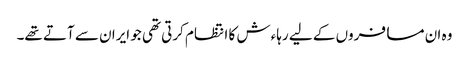
وہ ان مسافروں کے لیے رہاءش کا انتظام کرتی تھی جو ایران سے آتے تھے۔